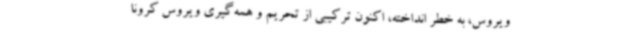
ویروس، به خطر انداخته، اکنون ترکیبی از تحریم‌ و همه‌گیری ویروس کرونا